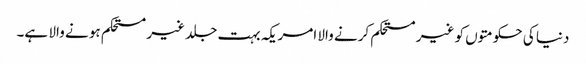
دنیا کی حکومتوں کو غیر مستحکم کرنے والا امریکہ بہت جلد غیر مستحکم ہو نے والا ہے۔